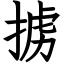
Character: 掳